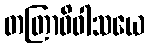
တတြာဓိဝါသယေ